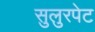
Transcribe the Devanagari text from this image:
सुलुरपेट